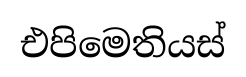
එපිමෙතියස්